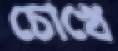
চোখে